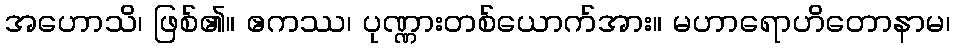
အဟောသိ၊ ဖြစ်၏။ ဧကဿ၊ ပုဏ္ဏားတစ်ယောက်အား။ မဟာရောဟိတောနာမ၊